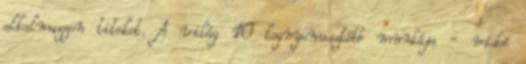
alkalmazzon titeket. A világ 10 legnyomasztóbb munkája - videó